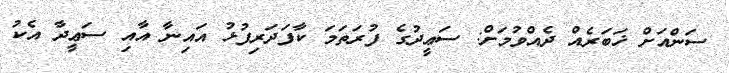
ސަންއަށް ޚަބަރެއް ދެއްވުމަށް: ސަޢީދުގެ ފުރަތަމަ ކާފަދަރިފުޅު އައިނާ އާއި ސަޢީދާ އެކު